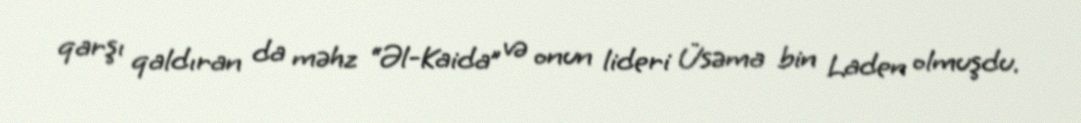
qarşı qaldıran da məhz “Əl-Kaida” və onun lideri Üsəma bin Laden olmuşdu.